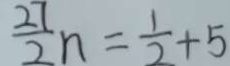
\frac { 2 7 } { 2 } n = \frac { 1 } { 2 } + 5